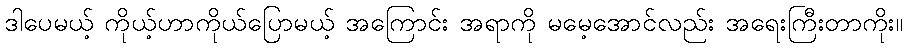
ဒါပေမယ့် ကိုယ့်ဟာကိုယ်ပြောမယ့် အကြောင်း အရာကို မမေ့အောင်လည်း အရေးကြီးတာကိုး။